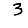
Digit: 3